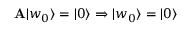
\mathbf { A } | w _ { 0 } \rangle = | 0 \rangle \Rightarrow | w _ { 0 } \rangle = | 0 \rangle